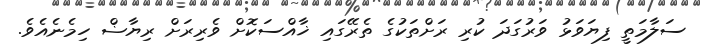
ސަލާމަތީ ފިޔަވަޅު ވަރުގަދަ ކުރި ރަށްތަކުގެ ތެރޭގައި ޚާއްސަކޮށް ވެރިރަށް ރިޔާޟް ހިމެނެއެވެ.